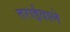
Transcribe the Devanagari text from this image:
तराईवाले